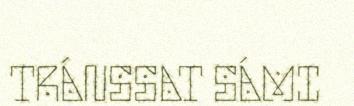
TRÁNSSAT SÁMI